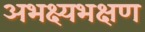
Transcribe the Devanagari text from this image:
अभक्ष्यभक्षण